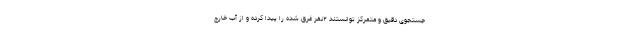
جستجوی دقیق و متمرکز توانستند ۲نفر غرق شده را پیدا کرده و از آب خارج